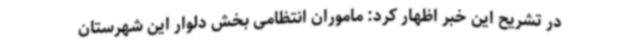
در تشریح این خبر اظهار کرد: ماموران انتظامی بخش دلوار این شهرستان